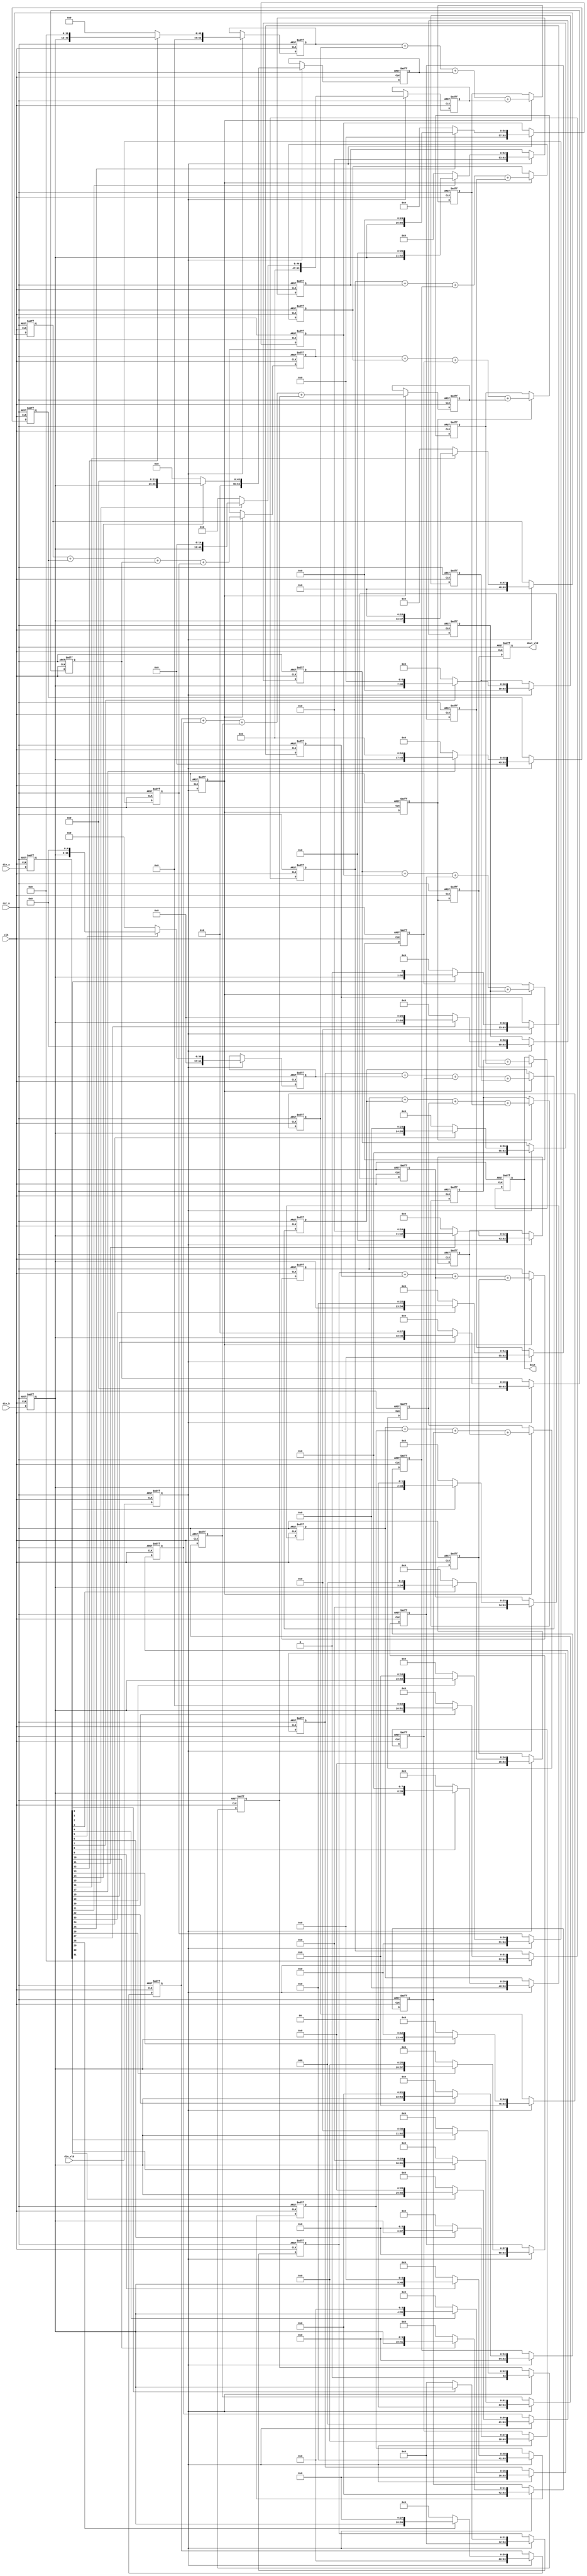
module multiplier_32bit (
    input               clk     ,
    input               rst_n   ,

    input       [31:0]  din_a   ,
    input       [31:0]  din_b   ,
    input               din_vld ,

    output  reg [63:0]  dout    ,
    output  reg         dout_vld    
);
/*************************************************************************
Copyright:			
Date     :			
Author   :			
Version  :			
Description:32bit
            ----
            
*********************************************************************************/

/*
//1     1
    reg     [31:0]      din_a_r     ;
    reg     [31:0]      din_b_r     ;
    reg                 din_vld_r   ;

    wire    [63:0]      res_w0      ;
    wire    [63:0]      res_w1      ;
    wire    [63:0]      res_w2      ;
    wire    [63:0]      res_w3      ;
    wire    [63:0]      res_w4      ;
    wire    [63:0]      res_w5      ;
    wire    [63:0]      res_w6      ;
    wire    [63:0]      res_w7      ;
    wire    [63:0]      res_w8      ;
    wire    [63:0]      res_w9      ;
    wire    [63:0]      res_w10     ;
    wire    [63:0]      res_w11     ;
    wire    [63:0]      res_w12     ;
    wire    [63:0]      res_w13     ;
    wire    [63:0]      res_w14     ;
    wire    [63:0]      res_w15     ;
    wire    [63:0]      res_w16     ;
    wire    [63:0]      res_w17     ;
    wire    [63:0]      res_w18     ;
    wire    [63:0]      res_w19     ;
    wire    [63:0]      res_w20     ;
    wire    [63:0]      res_w21     ;
    wire    [63:0]      res_w22     ;
    wire    [63:0]      res_w23     ;
    wire    [63:0]      res_w24     ;
    wire    [63:0]      res_w25     ;
    wire    [63:0]      res_w26     ;
    wire    [63:0]      res_w27     ;
    wire    [63:0]      res_w28     ;
    wire    [63:0]      res_w29     ;
    wire    [63:0]      res_w30     ;
    wire    [63:0]      res_w31     ;

    wire    [63:0]      product     ;

    assign res_w0  = din_a_r[0] ?{32'd0,din_b_r      }:64'd0   ;
    assign res_w1  = din_a_r[1] ?{31'd0,din_b_r,1'd0 }:64'd0    ;
    assign res_w2  = din_a_r[2] ?{30'd0,din_b_r,2'd0 }:64'd0    ;
    assign res_w3  = din_a_r[3] ?{29'd0,din_b_r,3'd0 }:64'd0    ;
    assign res_w4  = din_a_r[4] ?{28'd0,din_b_r,4'd0 }:64'd0    ;
    assign res_w5  = din_a_r[5] ?{27'd0,din_b_r,5'd0 }:64'd0    ;
    assign res_w6  = din_a_r[6] ?{26'd0,din_b_r,6'd0 }:64'd0    ;
    assign res_w7  = din_a_r[7] ?{25'd0,din_b_r,7'd0 }:64'd0    ;
    assign res_w8  = din_a_r[8] ?{24'd0,din_b_r,8'd0 }:64'd0    ;
    assign res_w9  = din_a_r[9] ?{23'd0,din_b_r,9'd0 }:64'd0    ;
    assign res_w10 = din_a_r[10]?{22'd0,din_b_r,10'd0}:64'd0    ;
    assign res_w11 = din_a_r[11]?{21'd0,din_b_r,11'd0}:64'd0    ;
    assign res_w12 = din_a_r[12]?{20'd0,din_b_r,12'd0}:64'd0    ;
    assign res_w13 = din_a_r[13]?{19'd0,din_b_r,13'd0}:64'd0    ;
    assign res_w14 = din_a_r[14]?{18'd0,din_b_r,14'd0}:64'd0    ;
    assign res_w15 = din_a_r[15]?{17'd0,din_b_r,15'd0}:64'd0    ;
    assign res_w16 = din_a_r[16]?{16'd0,din_b_r,16'd0}:64'd0    ;
    assign res_w17 = din_a_r[17]?{15'd0,din_b_r,17'd0}:64'd0    ;
    assign res_w18 = din_a_r[18]?{14'd0,din_b_r,18'd0}:64'd0    ;
    assign res_w19 = din_a_r[19]?{13'd0,din_b_r,19'd0}:64'd0    ;
    assign res_w20 = din_a_r[20]?{12'd0,din_b_r,20'd0}:64'd0    ;
    assign res_w21 = din_a_r[21]?{11'd0,din_b_r,21'd0}:64'd0    ;
    assign res_w22 = din_a_r[22]?{10'd0,din_b_r,22'd0}:64'd0    ;
    assign res_w23 = din_a_r[23]?{9'd0 ,din_b_r,23'd0}:64'd0    ;
    assign res_w24 = din_a_r[24]?{8'd0 ,din_b_r,24'd0}:64'd0    ;
    assign res_w25 = din_a_r[25]?{7'd0 ,din_b_r,25'd0}:64'd0    ;
    assign res_w26 = din_a_r[26]?{6'd0 ,din_b_r,26'd0}:64'd0    ;
    assign res_w27 = din_a_r[27]?{5'd0 ,din_b_r,27'd0}:64'd0    ;
    assign res_w28 = din_a_r[28]?{4'd0 ,din_b_r,28'd0}:64'd0    ;
    assign res_w29 = din_a_r[29]?{3'd0 ,din_b_r,29'd0}:64'd0    ;
    assign res_w30 = din_a_r[30]?{2'd0 ,din_b_r,30'd0}:64'd0    ;
    assign res_w31 = din_a_r[31]?{1'd0 ,din_b_r,31'd0}:64'd0    ;

    assign product =  res_w0  + res_w1  + res_w2  + res_w3  + res_w4 
                    + res_w5  + res_w6  + res_w7  + res_w8  + res_w9 
                    + res_w10 + res_w11 + res_w12 + res_w13 + res_w14
                    + res_w15 + res_w16 + res_w17 + res_w18 + res_w19
                    + res_w20 + res_w21 + res_w22 + res_w23 + res_w24
                    + res_w25 + res_w26 + res_w27 + res_w28 + res_w29
                    + res_w30 + res_w31;
//din_vld_r
    always @(posedge clk or negedge rst_n)begin 
        if(!rst_n)begin
            din_vld_r <= 0;
        end 
        else begin 
            din_vld_r <= din_vld;
        end 
    end

//din_a_r din_b_r
    always @(posedge clk or negedge rst_n)begin 
        if(!rst_n)begin
            din_a_r <= 0;
            din_b_r <= 0;
        end 
        else if(din_vld)begin 
            din_a_r <= din_a;
            din_b_r <= din_b;
        end 
    end    

    always @(posedge clk or negedge rst_n)begin 
        if(!rst_n)begin
            dout <= 0;
        end  
        else begin 
            dout <= product;
        end 
    end

    always @(posedge clk or negedge rst_n)begin 
        if(!rst_n)begin
            dout_vld <= 0;
        end 
        else begin 
            dout_vld <= din_vld_r;
        end 
    end
*/

/*
//2     2
    reg     [31:0]      din_a_r     ;
    reg     [31:0]      din_b_r     ;
    reg                 din_vld_r   ;
    reg                 din_vld_r1  ;
    reg                 din_vld_r2  ;

    wire    [63:0]      res_w0      ;
    wire    [63:0]      res_w1      ;
    wire    [63:0]      res_w2      ;
    wire    [63:0]      res_w3      ;
    wire    [63:0]      res_w4      ;
    wire    [63:0]      res_w5      ;
    wire    [63:0]      res_w6      ;
    wire    [63:0]      res_w7      ;

    reg     [63:0]      res_r0      ;
    reg     [63:0]      res_r1      ;
    reg     [63:0]      res_r2      ;
    reg     [63:0]      res_r3      ;
    reg     [63:0]      res_r4      ;
    reg     [63:0]      res_r5      ;
    reg     [63:0]      res_r6      ;
    reg     [63:0]      res_r7      ;

    wire    [63:0]      product_w0  ;
    reg     [63:0]      product_r0  ;

    wire    [63:0]      res_w8      ;
    wire    [63:0]      res_w9      ;
    wire    [63:0]      res_w10     ;
    wire    [63:0]      res_w11     ;
    wire    [63:0]      res_w12     ;
    wire    [63:0]      res_w13     ;
    wire    [63:0]      res_w14     ;
    wire    [63:0]      res_w15     ;

    reg     [63:0]      res_r8      ;
    reg     [63:0]      res_r9      ;
    reg     [63:0]      res_r10     ;
    reg     [63:0]      res_r11     ;
    reg     [63:0]      res_r12     ;
    reg     [63:0]      res_r13     ;
    reg     [63:0]      res_r14     ;
    reg     [63:0]      res_r15     ;

    wire    [63:0]      product_w1  ;
    reg     [63:0]      product_r1  ;

    wire    [63:0]      res_w16     ;
    wire    [63:0]      res_w17     ;
    wire    [63:0]      res_w18     ;
    wire    [63:0]      res_w19     ;
    wire    [63:0]      res_w20     ;
    wire    [63:0]      res_w21     ;
    wire    [63:0]      res_w22     ;
    wire    [63:0]      res_w23     ;

    reg     [63:0]      res_r16     ;
    reg     [63:0]      res_r17     ;
    reg     [63:0]      res_r18     ;
    reg     [63:0]      res_r19     ;
    reg     [63:0]      res_r20     ;
    reg     [63:0]      res_r21     ;
    reg     [63:0]      res_r22     ;
    reg     [63:0]      res_r23     ;

    wire    [63:0]      product_w2  ;
    reg     [63:0]      product_r2  ;

    wire    [63:0]      res_w24     ;
    wire    [63:0]      res_w25     ;
    wire    [63:0]      res_w26     ;
    wire    [63:0]      res_w27     ;
    wire    [63:0]      res_w28     ;
    wire    [63:0]      res_w29     ;
    wire    [63:0]      res_w30     ;
    wire    [63:0]      res_w31     ;

    reg     [63:0]      res_r24     ;
    reg     [63:0]      res_r25     ;
    reg     [63:0]      res_r26     ;
    reg     [63:0]      res_r27     ;
    reg     [63:0]      res_r28     ;
    reg     [63:0]      res_r29     ;
    reg     [63:0]      res_r30     ;
    reg     [63:0]      res_r31     ;

    wire    [63:0]      product_w3  ;
    reg     [63:0]      product_r3  ;

    wire    [63:0]      product     ;

    always @(posedge clk or negedge rst_n)begin 
        if(!rst_n)begin
            din_a_r <= 0;
            din_b_r <= 0;
        end 
        else begin 
            din_a_r <= din_a;
            din_b_r <= din_b;
        end 
    end

    always @(posedge clk or negedge rst_n)begin 
        if(!rst_n)begin
            din_vld_r  <= 0;
            din_vld_r1 <= 0;
            din_vld_r2 <= 0;
        end 
        else begin 
            din_vld_r  <= din_vld;
            din_vld_r1 <= din_vld_r;
            din_vld_r2 <= din_vld_r1;
        end 
    end

    //
    assign res_w0  = din_a_r[0] ?{32'd0,din_b_r      }:64'd0    ;
    assign res_w1  = din_a_r[1] ?{31'd0,din_b_r,1'd0 }:64'd0    ;
    assign res_w2  = din_a_r[2] ?{30'd0,din_b_r,2'd0 }:64'd0    ;
    assign res_w3  = din_a_r[3] ?{29'd0,din_b_r,3'd0 }:64'd0    ;
    assign res_w4  = din_a_r[4] ?{28'd0,din_b_r,4'd0 }:64'd0    ;
    assign res_w5  = din_a_r[5] ?{27'd0,din_b_r,5'd0 }:64'd0    ;
    assign res_w6  = din_a_r[6] ?{26'd0,din_b_r,6'd0 }:64'd0    ;
    assign res_w7  = din_a_r[7] ?{25'd0,din_b_r,7'd0 }:64'd0    ;
    assign res_w8  = din_a_r[8] ?{24'd0,din_b_r,8'd0 }:64'd0    ;
    assign res_w9  = din_a_r[9] ?{23'd0,din_b_r,9'd0 }:64'd0    ;
    assign res_w10 = din_a_r[10]?{22'd0,din_b_r,10'd0}:64'd0    ;
    assign res_w11 = din_a_r[11]?{21'd0,din_b_r,11'd0}:64'd0    ;
    assign res_w12 = din_a_r[12]?{20'd0,din_b_r,12'd0}:64'd0    ;
    assign res_w13 = din_a_r[13]?{19'd0,din_b_r,13'd0}:64'd0    ;
    assign res_w14 = din_a_r[14]?{18'd0,din_b_r,14'd0}:64'd0    ;
    assign res_w15 = din_a_r[15]?{17'd0,din_b_r,15'd0}:64'd0    ;
    assign res_w16 = din_a_r[16]?{16'd0,din_b_r,16'd0}:64'd0    ;
    assign res_w17 = din_a_r[17]?{15'd0,din_b_r,17'd0}:64'd0    ;
    assign res_w18 = din_a_r[18]?{14'd0,din_b_r,18'd0}:64'd0    ;
    assign res_w19 = din_a_r[19]?{13'd0,din_b_r,19'd0}:64'd0    ;
    assign res_w20 = din_a_r[20]?{12'd0,din_b_r,20'd0}:64'd0    ;
    assign res_w21 = din_a_r[21]?{11'd0,din_b_r,21'd0}:64'd0    ;
    assign res_w22 = din_a_r[22]?{10'd0,din_b_r,22'd0}:64'd0    ;
    assign res_w23 = din_a_r[23]?{9'd0 ,din_b_r,23'd0}:64'd0    ;
    assign res_w24 = din_a_r[24]?{8'd0 ,din_b_r,24'd0}:64'd0    ;
    assign res_w25 = din_a_r[25]?{7'd0 ,din_b_r,25'd0}:64'd0    ;
    assign res_w26 = din_a_r[26]?{6'd0 ,din_b_r,26'd0}:64'd0    ;
    assign res_w27 = din_a_r[27]?{5'd0 ,din_b_r,27'd0}:64'd0    ;
    assign res_w28 = din_a_r[28]?{4'd0 ,din_b_r,28'd0}:64'd0    ;
    assign res_w29 = din_a_r[29]?{3'd0 ,din_b_r,29'd0}:64'd0    ;
    assign res_w30 = din_a_r[30]?{2'd0 ,din_b_r,30'd0}:64'd0    ;
    assign res_w31 = din_a_r[31]?{1'd0 ,din_b_r,31'd0}:64'd0    ;

    always @(posedge clk or negedge rst_n)begin 
        if(!rst_n)begin
            res_r0  <= 0;res_r1  <= 0;res_r2  <= 0;res_r3  <= 0;
            res_r4  <= 0;res_r5  <= 0;res_r6  <= 0;res_r7  <= 0;
            res_r8  <= 0;res_r9  <= 0;res_r10 <= 0;res_r11 <= 0;
            res_r12 <= 0;res_r13 <= 0;res_r14 <= 0;res_r15 <= 0;
            res_r16 <= 0;res_r17 <= 0;res_r18 <= 0;res_r19 <= 0;
            res_r20 <= 0;res_r21 <= 0;res_r22 <= 0;res_r23 <= 0;
            res_r24 <= 0;res_r25 <= 0;res_r26 <= 0;res_r27 <= 0;
            res_r28 <= 0;res_r29 <= 0;res_r30 <= 0;res_r31 <= 0;
        end 
        else if(din_vld_r)begin 
            res_r0  <= res_w0 ;res_r1  <= res_w1 ;res_r2  <= res_w2 ;res_r3  <= res_w3 ;
            res_r4  <= res_w4 ;res_r5  <= res_w5 ;res_r6  <= res_w6 ;res_r7  <= res_w7 ;
            res_r8  <= res_w8 ;res_r9  <= res_w9 ;res_r10 <= res_w10;res_r11 <= res_w11;
            res_r12 <= res_w12;res_r13 <= res_w13;res_r14 <= res_w14;res_r15 <= res_w15;
            res_r16 <= res_w16;res_r17 <= res_w17;res_r18 <= res_w18;res_r19 <= res_w19;
            res_r20 <= res_w20;res_r21 <= res_w21;res_r22 <= res_w22;res_r23 <= res_w23;
            res_r24 <= res_w24;res_r25 <= res_w25;res_r26 <= res_w26;res_r27 <= res_w27;
            res_r28 <= res_w28;res_r29 <= res_w29;res_r30 <= res_w30;res_r31 <= res_w31;
        end 
    end

//
    assign product_w0 = res_r0  + res_r1  + res_r2  + res_r3  + res_r4  + res_r5 +  res_r6  + res_r7;
    assign product_w1 = res_r8  + res_r9  + res_r10 + res_r11 + res_r12 + res_r13 + res_r14 + res_r15;
    assign product_w2 = res_r16 + res_r17 + res_r18 + res_r19 + res_r20 + res_r21 + res_r22 + res_r23;
    assign product_w3 = res_r24 + res_r25 + res_r26 + res_r27 + res_r28 + res_r29 + res_r30 + res_r31;

    always @(posedge clk or negedge rst_n)begin 
        if(!rst_n)begin
            product_r0 <= 0;
            product_r1 <= 0;    
            product_r2 <= 0;    
            product_r3 <= 0;    
        end 
        else if(din_vld_r1)begin 
            product_r0 <= product_w0;
            product_r1 <= product_w1;    
            product_r2 <= product_w2;    
            product_r3 <= product_w3;
        end 
    end

//
    assign product = product_r0 + product_r1 + product_r2 + product_r3;

    always @(posedge clk or negedge rst_n)begin 
        if(!rst_n)begin
            dout <= 0;
        end 
        else if(din_vld_r2)begin 
            dout <= product;
        end 
    end

    always @(posedge clk or negedge rst_n)begin 
        if(!rst_n)begin
            dout_vld <= 0;
        end 
        else if(din_vld_r2)begin 
            dout_vld <= 1'b1;
        end 
        else begin 
            dout_vld <= 1'b0;
        end 
    end


*/
//3   3  
    reg     [31:0]      din_a_r     ;
    reg     [31:0]      din_b_r     ;
    reg                 din_vld_r   ;

    reg                 din_vld_r0  ;
    reg                 din_vld_r1  ;
    reg                 din_vld_r2  ;

    wire    [63:0]      res0_w0,res0_w1,res0_w2,res0_w3;
    reg     [63:0]      res0_r0,res0_r1,res0_r2,res0_r3;
    
    wire    [63:0]      res1_w0      ;
    reg     [63:0]      res1_r0      ;

    wire    [63:0]      res0_w4,res0_w5,res0_w6,res0_w7;
    reg     [63:0]      res0_r4,res0_r5,res0_r6,res0_r7;

    wire    [63:0]      res1_w1      ;
    reg     [63:0]      res1_r1      ;

    wire    [63:0]      res0_w8,res0_w9,res0_w10,res0_w11;
    reg     [63:0]      res0_r8,res0_r9,res0_r10,res0_r11;

    wire    [63:0]      res1_w2  ;
    reg     [63:0]      res1_r2  ;

    wire    [63:0]      res0_w12,res0_w13,res0_w14,res0_w15;
    reg     [63:0]      res0_r12,res0_r13,res0_r14,res0_r15;

    wire    [63:0]      res1_w3      ;
    reg     [63:0]      res1_r3      ;

    wire    [63:0]      res0_w16,res0_w17,res0_w18,res0_w19;
    reg     [63:0]      res0_r16,res0_r17,res0_r18,res0_r19;

    wire    [63:0]      res1_w4  ;
    reg     [63:0]      res1_r4  ;

    wire    [63:0]      res0_w20,res0_w21,res0_w22,res0_w23;
    reg     [63:0]      res0_r20,res0_r21,res0_r22,res0_r23;

    wire    [63:0]      res1_w5  ;
    reg     [63:0]      res1_r5  ;

    wire    [63:0]      res0_w24,res0_w25,res0_w26,res0_w27;
    reg     [63:0]      res0_r24,res0_r25,res0_r26,res0_r27;
    
    wire    [63:0]      res1_w6  ;
    reg     [63:0]      res1_r6  ;

    wire    [63:0]      res0_w28,res0_w29,res0_w30,res0_w31;
    reg     [63:0]      res0_r28,res0_r29,res0_r30,res0_r31;

    wire    [63:0]      res1_w7  ;
    reg     [63:0]      res1_r7  ;

    wire    [63:0]      res2_w0     ;
    wire    [63:0]      res2_w1     ;
    reg     [63:0]      res2_r0     ;
    reg     [63:0]      res2_r1     ;

    always @(posedge clk or negedge rst_n)begin 
        if(!rst_n)begin
            din_a_r <= 0;
            din_b_r <= 0;
        end 
        else begin 
            din_a_r <= din_a;
            din_b_r <= din_b;
        end 
    end

    always @(posedge clk or negedge rst_n)begin 
        if(!rst_n)begin
            din_vld_r  <= 0;
            din_vld_r0 <= 0;
            din_vld_r1 <= 0;
            din_vld_r2 <= 0;
        end 
        else begin 
            din_vld_r  <= din_vld;
            din_vld_r0 <= din_vld_r;
            din_vld_r1 <= din_vld_r0;
            din_vld_r2 <= din_vld_r1;
        end 
    end

    //
    assign res0_w0  = din_a_r[0] ?{32'd0,din_b_r      }:64'd0    ;
    assign res0_w1  = din_a_r[1] ?{31'd0,din_b_r,1'd0 }:64'd0    ;
    assign res0_w2  = din_a_r[2] ?{30'd0,din_b_r,2'd0 }:64'd0    ;
    assign res0_w3  = din_a_r[3] ?{29'd0,din_b_r,3'd0 }:64'd0    ;
    
    assign res0_w4  = din_a_r[4] ?{28'd0,din_b_r,4'd0 }:64'd0    ;
    assign res0_w5  = din_a_r[5] ?{27'd0,din_b_r,5'd0 }:64'd0    ;
    assign res0_w6  = din_a_r[6] ?{26'd0,din_b_r,6'd0 }:64'd0    ;
    assign res0_w7  = din_a_r[7] ?{25'd0,din_b_r,7'd0 }:64'd0    ;
    
    assign res0_w8  = din_a_r[8] ?{24'd0,din_b_r,8'd0 }:64'd0    ;
    assign res0_w9  = din_a_r[9] ?{23'd0,din_b_r,9'd0 }:64'd0    ;
    assign res0_w10 = din_a_r[10]?{22'd0,din_b_r,10'd0}:64'd0    ;
    assign res0_w11 = din_a_r[11]?{21'd0,din_b_r,11'd0}:64'd0    ;
    
    assign res0_w12 = din_a_r[12]?{20'd0,din_b_r,12'd0}:64'd0    ;
    assign res0_w13 = din_a_r[13]?{19'd0,din_b_r,13'd0}:64'd0    ;
    assign res0_w14 = din_a_r[14]?{18'd0,din_b_r,14'd0}:64'd0    ;
    assign res0_w15 = din_a_r[15]?{17'd0,din_b_r,15'd0}:64'd0    ;
    
    assign res0_w16 = din_a_r[16]?{16'd0,din_b_r,16'd0}:64'd0    ;
    assign res0_w17 = din_a_r[17]?{15'd0,din_b_r,17'd0}:64'd0    ;
    assign res0_w18 = din_a_r[18]?{14'd0,din_b_r,18'd0}:64'd0    ;
    assign res0_w19 = din_a_r[19]?{13'd0,din_b_r,19'd0}:64'd0    ;
    
    assign res0_w20 = din_a_r[20]?{12'd0,din_b_r,20'd0}:64'd0    ;
    assign res0_w21 = din_a_r[21]?{11'd0,din_b_r,21'd0}:64'd0    ;
    assign res0_w22 = din_a_r[22]?{10'd0,din_b_r,22'd0}:64'd0    ;
    assign res0_w23 = din_a_r[23]?{9'd0 ,din_b_r,23'd0}:64'd0    ;
    
    assign res0_w24 = din_a_r[24]?{8'd0 ,din_b_r,24'd0}:64'd0    ;
    assign res0_w25 = din_a_r[25]?{7'd0 ,din_b_r,25'd0}:64'd0    ;
    assign res0_w26 = din_a_r[26]?{6'd0 ,din_b_r,26'd0}:64'd0    ;
    assign res0_w27 = din_a_r[27]?{5'd0 ,din_b_r,27'd0}:64'd0    ;
    
    assign res0_w28 = din_a_r[28]?{4'd0 ,din_b_r,28'd0}:64'd0    ;
    assign res0_w29 = din_a_r[29]?{3'd0 ,din_b_r,29'd0}:64'd0    ;
    assign res0_w30 = din_a_r[30]?{2'd0 ,din_b_r,30'd0}:64'd0    ;
    assign res0_w31 = din_a_r[31]?{1'd0 ,din_b_r,31'd0}:64'd0    ;

    always @(posedge clk or negedge rst_n)begin 
        if(!rst_n)begin
            res0_r0  <= 0;res0_r1  <= 0;res0_r2  <= 0;res0_r3  <= 0;
            res0_r4  <= 0;res0_r5  <= 0;res0_r6  <= 0;res0_r7  <= 0;
            res0_r8  <= 0;res0_r9  <= 0;res0_r10 <= 0;res0_r11 <= 0;
            res0_r12 <= 0;res0_r13 <= 0;res0_r14 <= 0;res0_r15 <= 0;
            res0_r16 <= 0;res0_r17 <= 0;res0_r18 <= 0;res0_r19 <= 0;
            res0_r20 <= 0;res0_r21 <= 0;res0_r22 <= 0;res0_r23 <= 0;
            res0_r24 <= 0;res0_r25 <= 0;res0_r26 <= 0;res0_r27 <= 0;
            res0_r28 <= 0;res0_r29 <= 0;res0_r30 <= 0;res0_r31 <= 0;
        end 
        else if(din_vld_r)begin 
            res0_r0  <= res0_w0 ;res0_r1  <= res0_w1 ;res0_r2  <= res0_w2 ;res0_r3  <= res0_w3 ;
            res0_r4  <= res0_w4 ;res0_r5  <= res0_w5 ;res0_r6  <= res0_w6 ;res0_r7  <= res0_w7 ;
            res0_r8  <= res0_w8 ;res0_r9  <= res0_w9 ;res0_r10 <= res0_w10;res0_r11 <= res0_w11;
            res0_r12 <= res0_w12;res0_r13 <= res0_w13;res0_r14 <= res0_w14;res0_r15 <= res0_w15;
            res0_r16 <= res0_w16;res0_r17 <= res0_w17;res0_r18 <= res0_w18;res0_r19 <= res0_w19;
            res0_r20 <= res0_w20;res0_r21 <= res0_w21;res0_r22 <= res0_w22;res0_r23 <= res0_w23;
            res0_r24 <= res0_w24;res0_r25 <= res0_w25;res0_r26 <= res0_w26;res0_r27 <= res0_w27;
            res0_r28 <= res0_w28;res0_r29 <= res0_w29;res0_r30 <= res0_w30;res0_r31 <= res0_w31;
        end 
    end

    assign res1_w0 = res0_r0  + res0_r1  + res0_r2  + res0_r3;
    assign res1_w1 = res0_r4  + res0_r5  + res0_r6  + res0_r7;
    assign res1_w2 = res0_r8  + res0_r9  + res0_r10 + res0_r11;
    assign res1_w3 = res0_r12 + res0_r13 + res0_r14 + res0_r15;
    assign res1_w4 = res0_r16 + res0_r17 + res0_r18 + res0_r19;
    assign res1_w5 = res0_r20 + res0_r21 + res0_r22 + res0_r23;
    assign res1_w6 = res0_r24 + res0_r25 + res0_r26 + res0_r27;
    assign res1_w7 = res0_r28 + res0_r29 + res0_r30 + res0_r31;

    always @(posedge clk or negedge rst_n)begin 
        if(!rst_n)begin
            res1_r0 <= 0;
            res1_r1 <= 0;
            res1_r2 <= 0;
            res1_r3 <= 0;
            res1_r4 <= 0;
            res1_r5 <= 0;
            res1_r6 <= 0;
            res1_r7 <= 0;
        end 
        else if(din_vld_r0)begin 
            res1_r0 <= res1_w0;
            res1_r1 <= res1_w1;
            res1_r2 <= res1_w2;
            res1_r3 <= res1_w3;
            res1_r4 <= res1_w4;
            res1_r5 <= res1_w5;
            res1_r6 <= res1_w6;
            res1_r7 <= res1_w7;
        end 
    end

    assign res2_w0 = res1_r0 + res1_r1 + res1_r2 + res1_r3;
    assign res2_w1 = res1_r4 + res1_r5 + res1_r6 + res1_r7;

    always @(posedge clk or negedge rst_n)begin 
        if(!rst_n)begin
            res2_r0 <= 0;
            res2_r1 <= 0;
        end 
        else if(din_vld_r1)begin 
            res2_r0 <= res2_w0;
            res2_r1 <= res2_w1;
        end 
    end

    always @(posedge clk or negedge rst_n)begin 
        if(!rst_n)begin
            dout <= 0;
        end 
        else if(din_vld_r2)begin 
            dout <= res2_r0 + res2_r1;
        end 
    end

    always @(posedge clk or negedge rst_n)begin 
        if(!rst_n)begin
            dout_vld <= 0;
        end 
        else begin 
            dout_vld <= din_vld_r2;
        end 
    end

endmodule